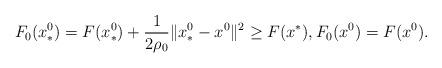
LaTeX: \begin{align*}F_0(x^0_*) =F(x^0_*)+\frac{1}{2\rho_0} \|x^0_*-x^0\|^2\geq F(x^*), F_0(x^0) =F(x^0).\end{align*}